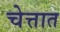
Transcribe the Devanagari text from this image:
चेत्तात